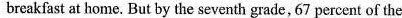
breakfast at home. But by the seventh grade, 67 percent of the